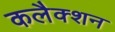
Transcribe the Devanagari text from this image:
कलैक्शन